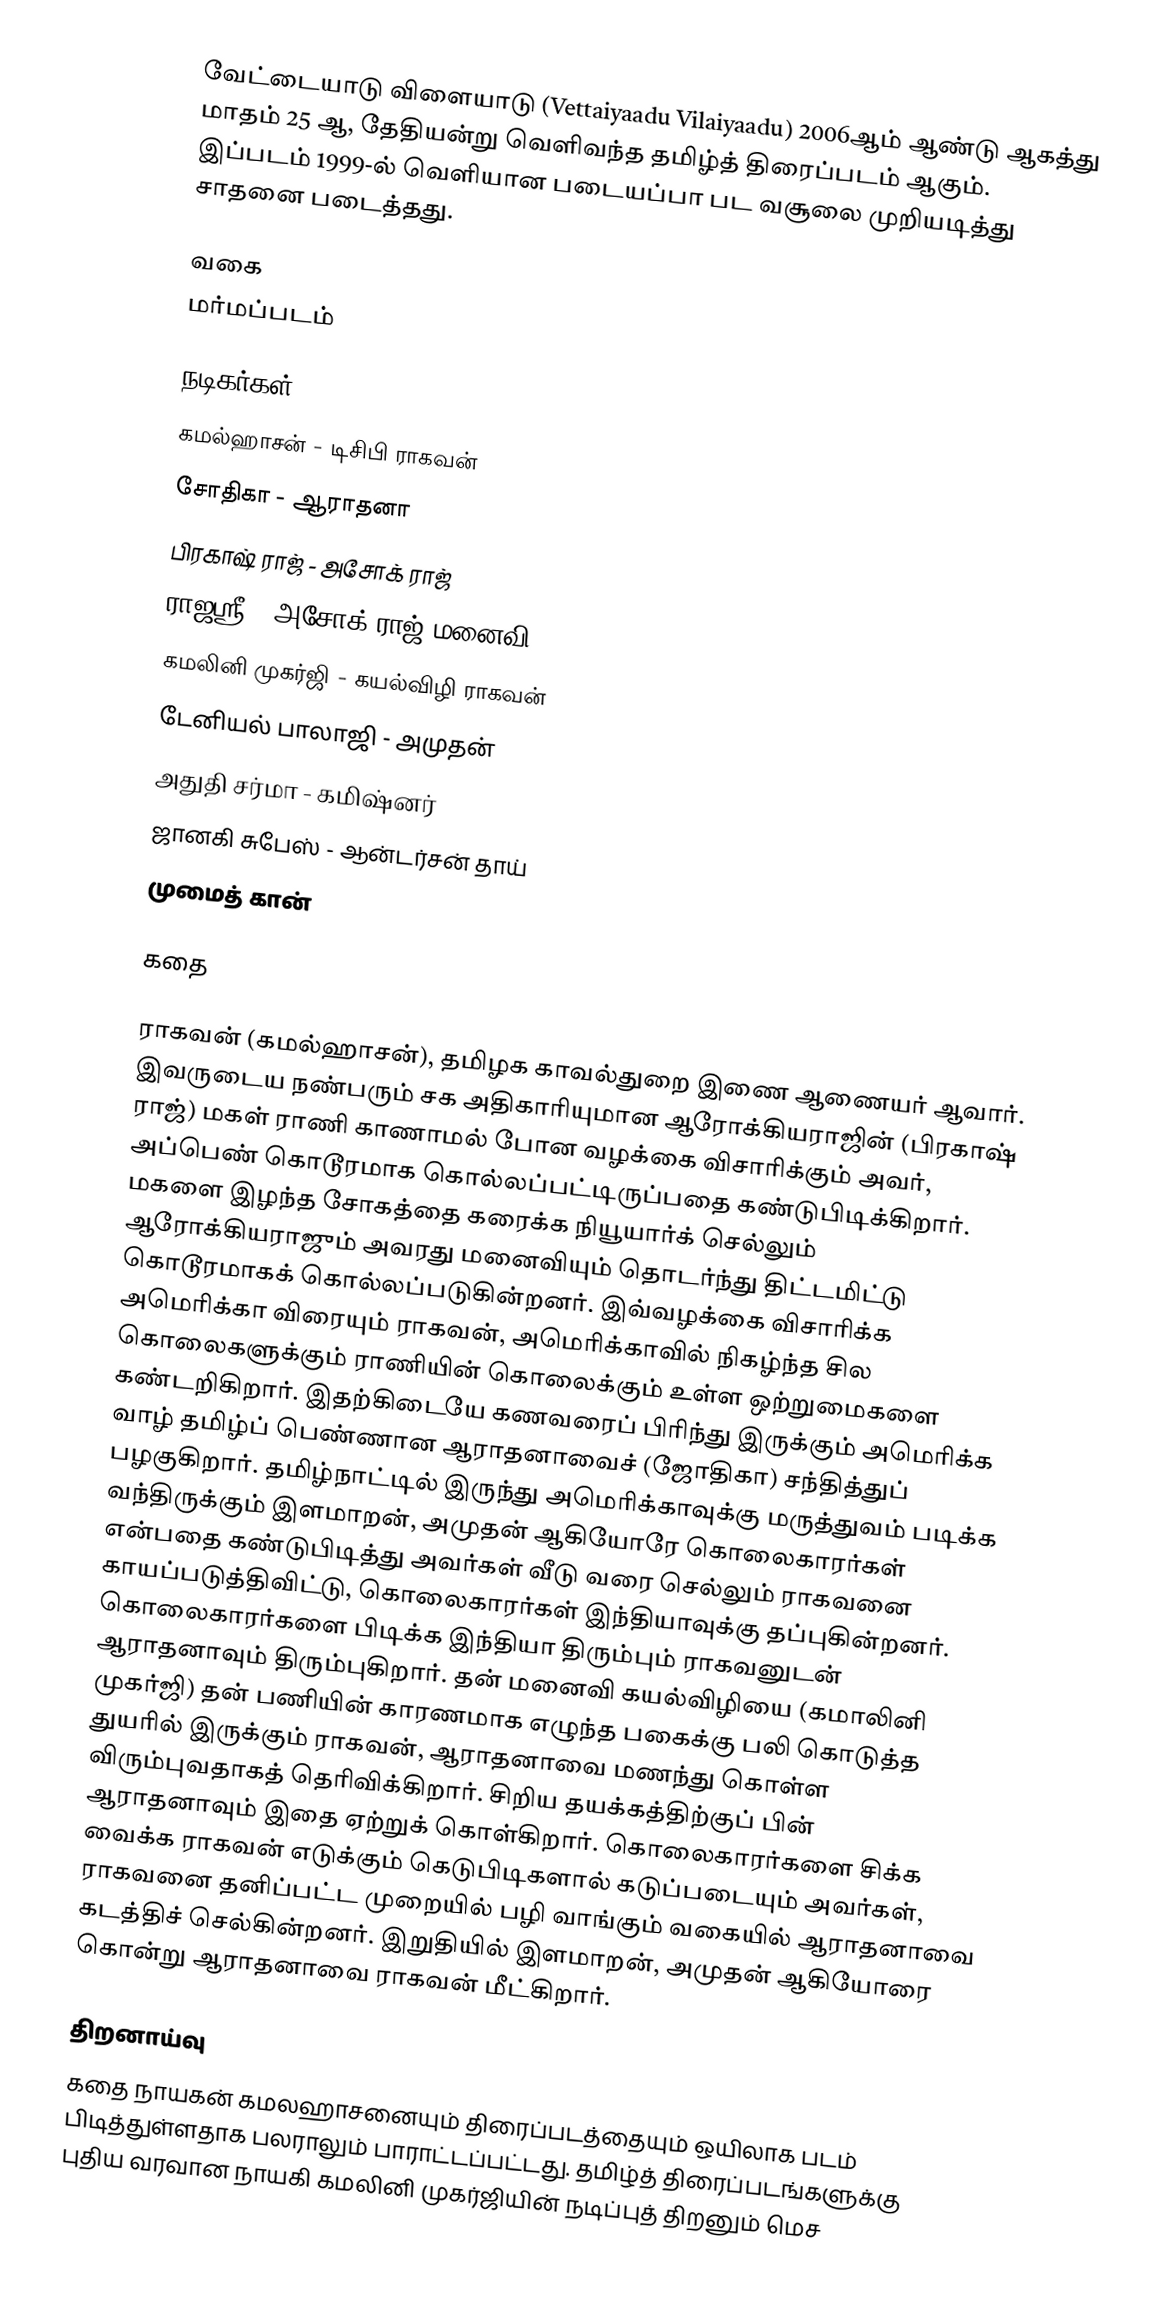
வேட்டையாடு விளையாடு (Vettaiyaadu Vilaiyaadu) 2006ஆம் ஆண்டு ஆகத்து மாதம் 25 ஆ, தேதியன்று வெளிவந்த தமிழ்த் திரைப்படம் ஆகும். இப்படம் 1999-ல் வெளியான படையப்பா பட வசூலை முறியடித்து சாதனை படைத்தது.

வகை
மர்மப்படம்

நடிகர்கள்
 கமல்ஹாசன் - டிசிபி ராகவன்
 சோதிகா - ஆராதனா
 பிரகாஷ் ராஜ் - அசோக் ராஜ்
 ராஜஸ்ரீ -  அசோக் ராஜ் மனைவி
 கமலினி முகர்ஜி - கயல்விழி ராகவன்
 டேனியல் பாலாஜி - அமுதன்
 அதுதி சர்மா - கமிஷ்னர்
 ஜானகி சுபேஸ் - ஆன்டர்சன் தாய்
 முமைத் கான்

கதை

ராகவன் (கமல்ஹாசன்), தமிழக காவல்துறை இணை ஆணையர் ஆவார். இவருடைய நண்பரும் சக அதிகாரியுமான ஆரோக்கியராஜின் (பிரகாஷ் ராஜ்) மகள் ராணி காணாமல் போன வழக்கை விசாரிக்கும் அவர், அப்பெண் கொடூரமாக கொல்லப்பட்டிருப்பதை கண்டுபிடிக்கிறார். மகளை இழந்த சோகத்தை கரைக்க நியூயார்க் செல்லும் ஆரோக்கியராஜும் அவரது மனைவியும் தொடர்ந்து திட்டமிட்டு கொடூரமாகக் கொல்லப்படுகின்றனர். இவ்வழக்கை விசாரிக்க அமெரிக்கா விரையும் ராகவன், அமெரிக்காவில் நிகழ்ந்த சில கொலைகளுக்கும் ராணியின் கொலைக்கும் உள்ள ஒற்றுமைகளை கண்டறிகிறார். இதற்கிடையே கணவரைப் பிரிந்து இருக்கும் அமெரிக்க வாழ் தமிழ்ப் பெண்ணான ஆராதனாவைச் (ஜோதிகா) சந்தித்துப் பழகுகிறார். தமிழ்நாட்டில் இருந்து அமெரிக்காவுக்கு மருத்துவம் படிக்க வந்திருக்கும் இளமாறன், அமுதன் ஆகியோரே கொலைகாரர்கள் என்பதை கண்டுபிடித்து அவர்கள் வீடு வரை செல்லும் ராகவனை காயப்படுத்திவிட்டு, கொலைகாரர்கள் இந்தியாவுக்கு தப்புகின்றனர். கொலைகாரர்களை பிடிக்க இந்தியா திரும்பும் ராகவனுடன் ஆராதனாவும் திரும்புகிறார். தன் மனைவி கயல்விழியை (கமாலினி முகர்ஜி) தன் பணியின் காரணமாக எழுந்த பகைக்கு பலி கொடுத்த துயரில் இருக்கும் ராகவன், ஆராதனாவை மணந்து கொள்ள விரும்புவதாகத் தெரிவிக்கிறார். சிறிய தயக்கத்திற்குப் பின் ஆராதனாவும் இதை ஏற்றுக் கொள்கிறார். கொலைகாரர்களை சிக்க வைக்க ராகவன் எடுக்கும் கெடுபிடிகளால் கடுப்படையும் அவர்கள், ராகவனை தனிப்பட்ட முறையில் பழி வாங்கும் வகையில் ஆராதனாவை கடத்திச் செல்கின்றனர். இறுதியில் இளமாறன், அமுதன் ஆகியோரை கொன்று ஆராதனாவை ராகவன் மீட்கிறார்.

திறனாய்வு
கதை நாயகன் கமலஹாசனையும் திரைப்படத்தையும் ஒயிலாக படம் பிடித்துள்ளதாக பலராலும் பாராட்டப்பட்டது. தமிழ்த் திரைப்படங்களுக்கு புதிய வரவான நாயகி கமலினி முகர்ஜியின் நடிப்புத் திறனும் மெச